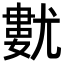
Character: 𡰓